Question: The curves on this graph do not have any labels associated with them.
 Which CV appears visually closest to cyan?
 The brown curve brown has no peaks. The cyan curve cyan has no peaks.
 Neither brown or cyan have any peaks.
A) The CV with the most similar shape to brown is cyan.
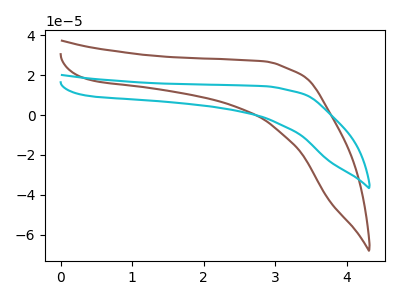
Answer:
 <answer>A) The CV with the most similar shape to "brown" is "cyan".</answer>
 <eval>A</eval>